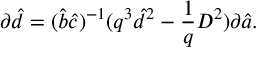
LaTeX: \partial \hat { d } = ( \hat { b } \hat { c } ) ^ { - 1 } ( q ^ { 3 } \hat { d } ^ { 2 } - \frac { 1 } { q } D ^ { 2 } ) \partial \hat { a } .